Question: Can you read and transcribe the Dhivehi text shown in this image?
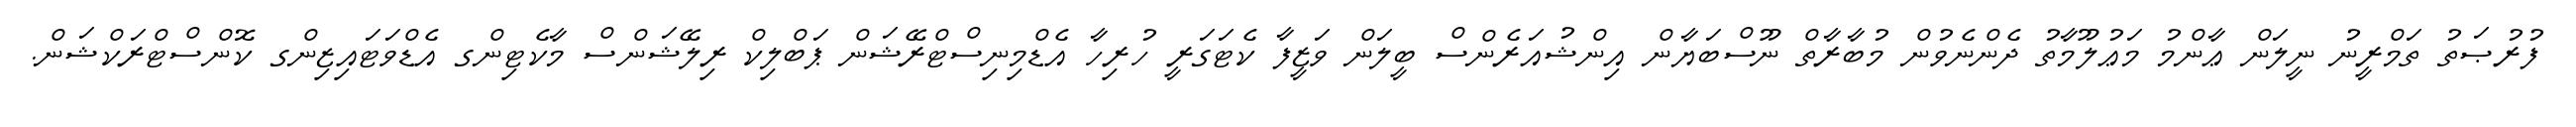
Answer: ފުރުޞަތު ތަމްރީނު ނީލަން ޢާންމު މަޢުލޫމާތު ދެންނެވުން މުބާރާތް ނޫސްބަޔާން އިންޝުއަރެންސް ބީލަން ވަޒީފާ ކެޓަގަރީ ހުރިހާ އެޑްމިނިސްޓްރޭޝަން ޕަބްލިކް ރިލޭޝަންސް މާކެޓިންގ އެޑްވަޓައިޒިންގ ކޮންސްޓްރަކްޝަން.